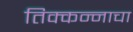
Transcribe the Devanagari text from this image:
तिक्कन्नाचा